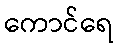
ကောင်ရေ